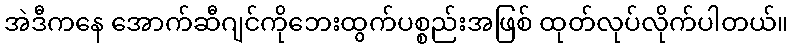
အဲဒီကနေ အောက်ဆီဂျင်ကိုဘေးထွက်ပစ္စည်းအဖြစ် ထုတ်လုပ်လိုက်ပါတယ်။